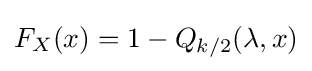
F_{X}(x)=1-Q_{k/2}(\lambda ,x)